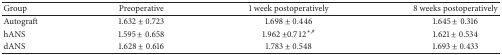
| Group | Preoperative | 1 week postoperatively | 8 weeks postoperatively |
 | --- | --- | --- | --- |
 | Autograft | 1.632 ± 0.723 | 1.698 ± 0.446 | 1.645 ± 0.316 |
 | hANS | 1.595 ± 0.658 | 1.962 ± 0.712∗,# | 1.621 ± 0.534 |
 | dANS | 1.628 ± 0.616 | 1.783 ± 0.548 | 1.693 ± 0.433 |